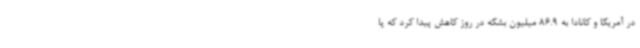
در آمریکا و کانادا به 86.9 میلیون بشکه در روز کاهش پیدا کرد که پا